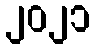
၂၀၂၁